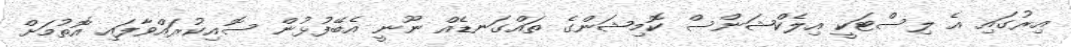
އިރުގައި އެ ލިސްޓަކީ އިލެކްޝަންސް ކޮމިޝަންގެ ތައްގަނޑެއް ނޫނީ އެބޭފުޅުން ސޮއިކުރައްވާފައި އޮތުމަށް